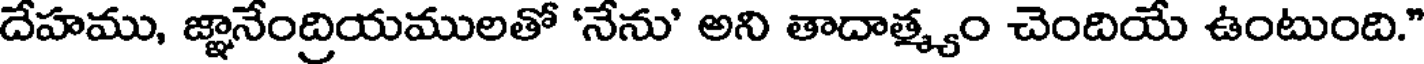
దేహము, జ్ఞానేంద్రియములతో 'నేను' అని తాదాత్మ్యం చెందియే ఉంటుంది."